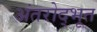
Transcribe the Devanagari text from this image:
अंतरोद्भूत